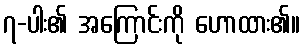
၇-ပါး၏ အကြောင်းကို ဟောထား၏။